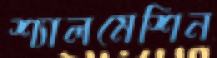
শ্যালমেশিন